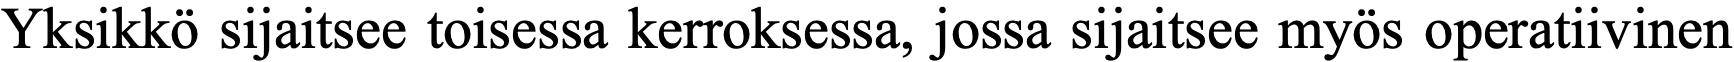
Yksikkö sijaitsee toisessa kerroksessa, jossa sijaitsee myös operatiivinen